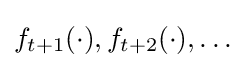
f_{t+1}(\cdot ),f_{t+2}(\cdot ),\ldots